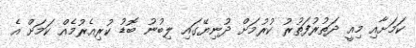
ކަމަށާއި މިއީ ދަތުރުފަތުރު ކުރުމަށް ދުނިޔޭގައި ލިބުނު ބޮޑު ކުރިއެރުމެއް ކަމަށް އެ